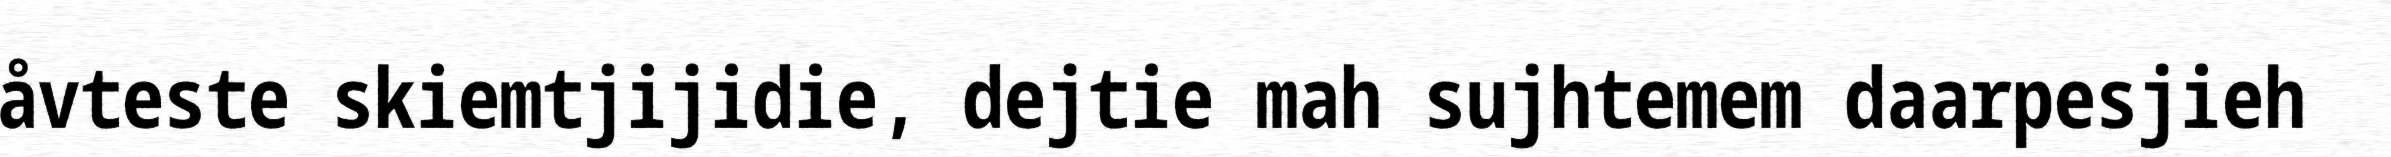
åvteste skiemtjijidie, dejtie mah sujhtemem daarpesjieh